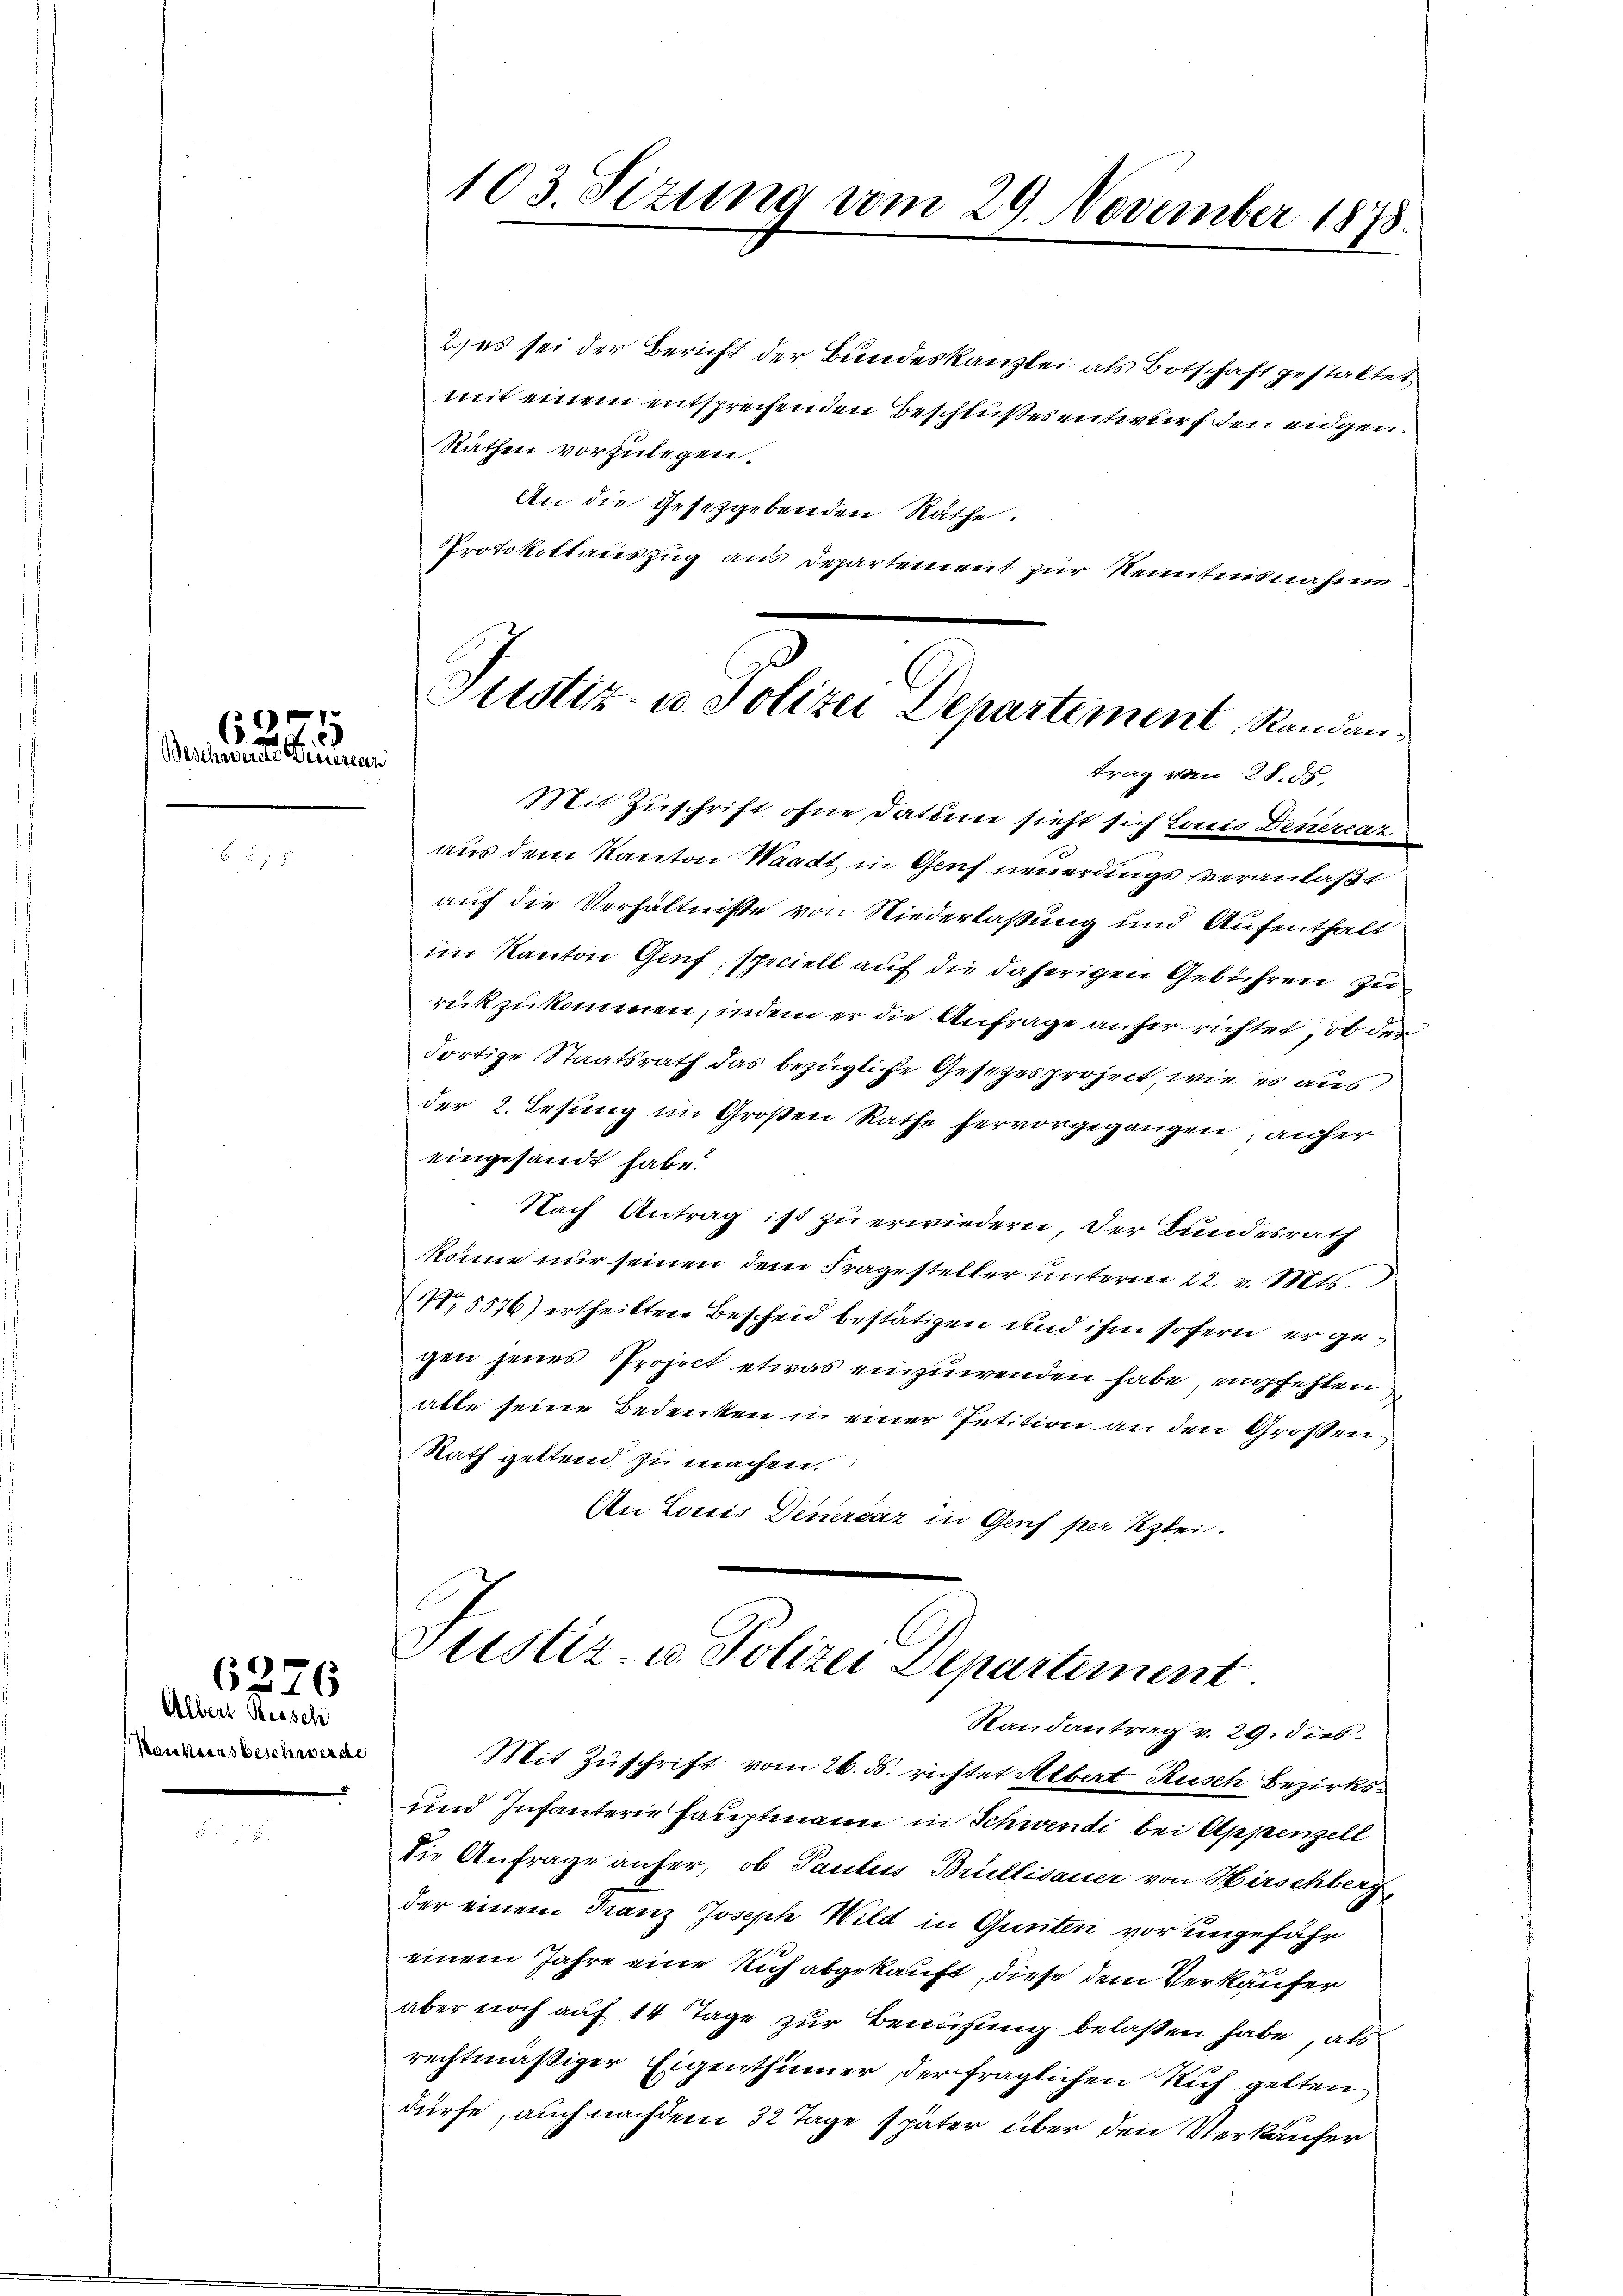
62
Bereinsame Sinnen

Albert Reisch
Henkens beschwerde

6276

103 Sizung vom 29. November 1878.

2.) es sei der Bericht der Bundeskanzlei als Botschaft gestaltet
mit einem entsprechenden Beschlußesentwurf den eidgen.
Räthen vorzulegen.
An die gesetzgebenden Räthe.
Protokollauszug aus Departement zur Kenntnisnahme.
Mit Zuschrift ohne Datum sieht sich Lonis Deuercat
aus dem Kanton Waadt in Genf neuerdings veranlaßt
auf die Verhältnisse von Niederlaßung und Aufenthalt
im Kanton Genf, speciell auf die daherigen Gebühren zu
rückzukommen, indem er die Anfrage anher richtet, ob der
Fortige Staatsrath das bezügliche Gesetzes project, wie es aus
der 2. Lesung im Großen Rathe hervorgegangen, anher
eingesandt habe.
Nach Antrag ist zu erwiedern, der Bundesrath
könne nur seinen dem Fragesteller unterm 22. v. Mts.
N.5576) ertheilten Bescheid bestätigen und ihm sofern er gegen jenes Project etwas einzuwenden habe, empfehlen
alle seine Bedenken in einer Petition an den Großen
Rath gettend zu machen.
An Louis Denerenz in Genf per Klei

x
Plustiz- u. Polizei Departement, Randantrag vom 28. ds.

Justiz- u. Polizei Departement
Randantrag v. 29. dies

Mit Zuschrift vom 26. ds. richtet Albert Rusch Bezirks¬
und Infanterie Hauptmann in Schwendi bei Appenzell
Die Anfrage aufer, ob Paulus Brüllisauer von Hirschberg,
der einem Franz Joseph Wild in Gunten vor ungefähr
einem Jahre eine Rich abgekauft, diese dem Verkäufer
aber noch auf 14 Tage zur Beweisung belasten habe, als
rechtmäßiger Eigenthümer der fraglichen Rich gelten,
dürfe, auch nachdem 32 Tage später über den Verkäufer